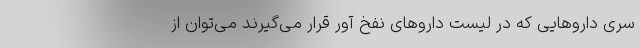
سری داروهایی که در لیست داروهای نفخ آور قرار می‌گیرند می‌توان از